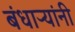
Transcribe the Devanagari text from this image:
बंधाऱ्यांनी